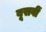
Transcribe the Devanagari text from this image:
बूसवीं